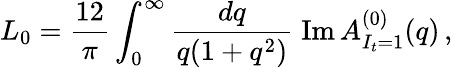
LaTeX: L_{0}={\frac{12}{\pi}}\int_{0}^{\infty}{\frac{dq}{q(1+q^{2})}}\; \mathrm{Im}\, A_{I_{t}=1}^{(0)}(q)\, ,